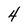
Character: 4